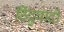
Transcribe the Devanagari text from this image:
हिंदुवादी